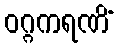
ဝဂ္ဂကရဏိံ